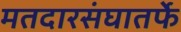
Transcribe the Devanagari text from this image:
मतदारसंघातर्फे